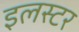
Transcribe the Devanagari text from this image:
इलस्टर